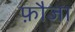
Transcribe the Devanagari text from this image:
फ़ौजा